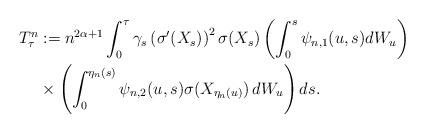
LaTeX: \begin{align*} T^n_\tau &:=n^{2\alpha+ 1}\int^{\tau}_0\gamma_s\left(\sigma'(X_s)\right)^2\sigma(X_s) \left( \int_0^s \psi_{n,1}(u,s) dW_u \right) \\ & \times \left(\int_0^{\eta_n(s)}\psi_{n,2}(u,s)\sigma(X_{\eta_n(u)})\,dW_u\right) ds. \end{align*}